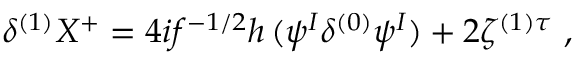
\delta ^ { ( 1 ) } X ^ { + } = 4 i f ^ { - 1 / 2 } h \, ( \psi ^ { I } \delta ^ { ( 0 ) } \psi ^ { I } ) + 2 \zeta ^ { ( 1 ) \tau } ~ ,